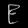
Digit: ၉